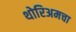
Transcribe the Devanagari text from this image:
थोरिअमचा